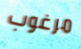
مرغوب